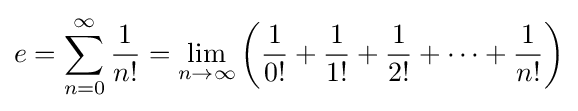
e=\sum _{n=0}^{\infty }{1 \over n!}=\lim _{n\to \infty }\left({\frac {1}{0!}}+{\frac {1}{1!}}+{\frac {1}{2!}}+\cdots +{\frac {1}{n!}}\right)